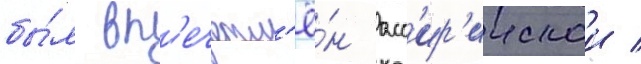
бы́л вп'ечатл'ё́н асс'ир'иискои /